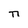
Character: n